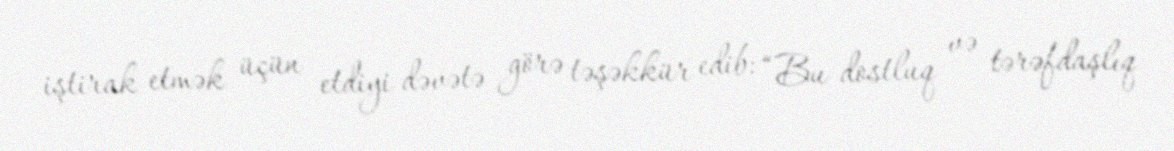
iştirak etmək üçün etdiyi dəvətə görə təşəkkür edib: “Bu dostluq və tərəfdaşlıq